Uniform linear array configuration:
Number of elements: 12
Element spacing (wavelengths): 0.25
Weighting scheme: binomial
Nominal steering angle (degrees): -30
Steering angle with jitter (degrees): -29.216
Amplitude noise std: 0.05
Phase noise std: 0.05

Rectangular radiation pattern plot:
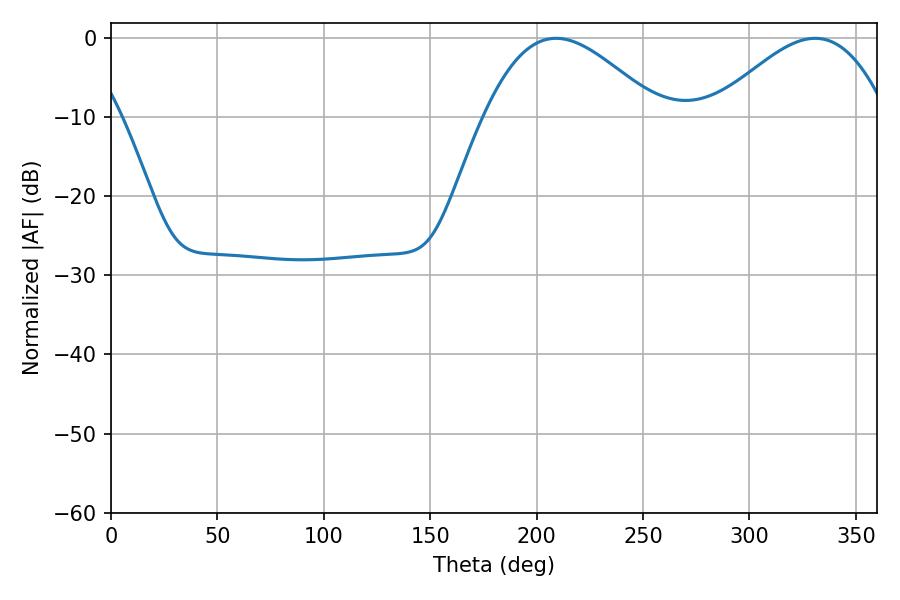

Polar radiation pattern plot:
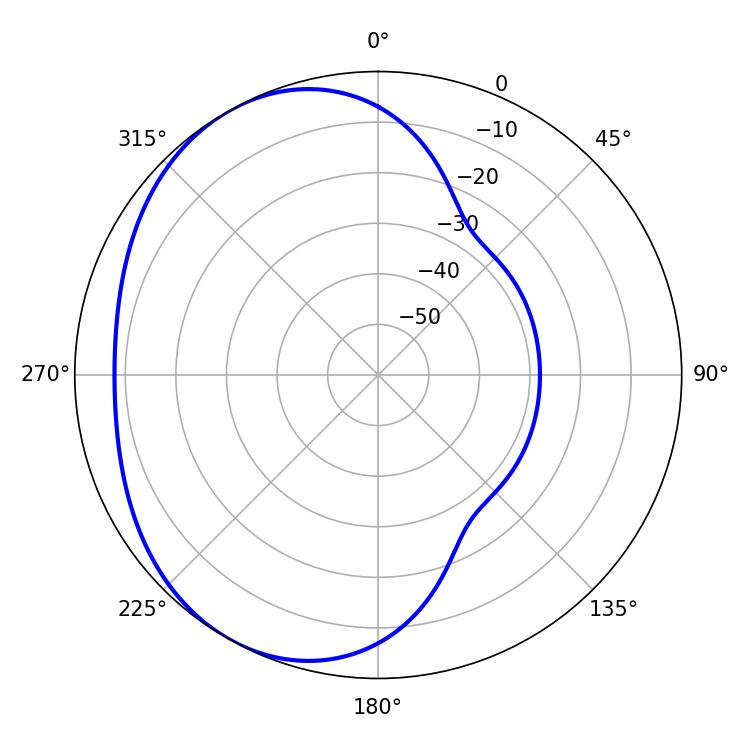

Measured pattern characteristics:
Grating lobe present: FALSE
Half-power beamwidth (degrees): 43.92
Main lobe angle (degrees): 209.16